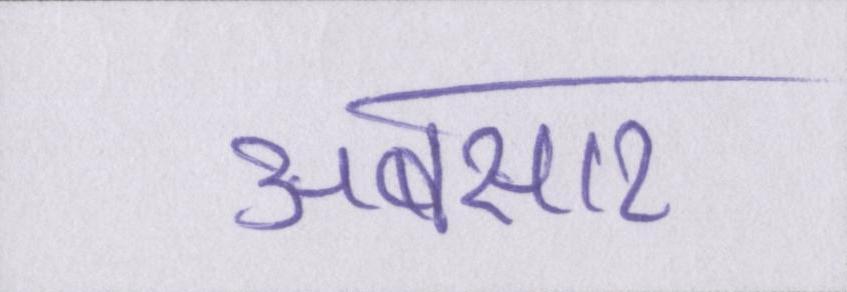
अबसार